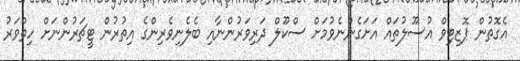
އެގޮތުން ޕޮޒިޓިވް އުސޫލުތައް އަށަގެންނެވުމަށް ސްކޫލް ދަރިވަރުންނާއި ބެލެނިވެރިންގެ އިތުރުން ޓީޗަރުންނަށް ހިިތްވަރު